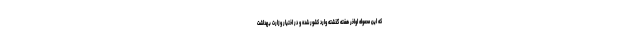
که این محموله اواخر هفته گذشته وارد کشور شده و در اختیار وزارت بهداشت